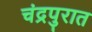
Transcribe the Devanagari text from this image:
चंद्रपुरात